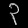
Digit: ၃